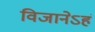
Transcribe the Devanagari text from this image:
विजानेऽहं